Scottish Leaving Certificate Examination, 1959
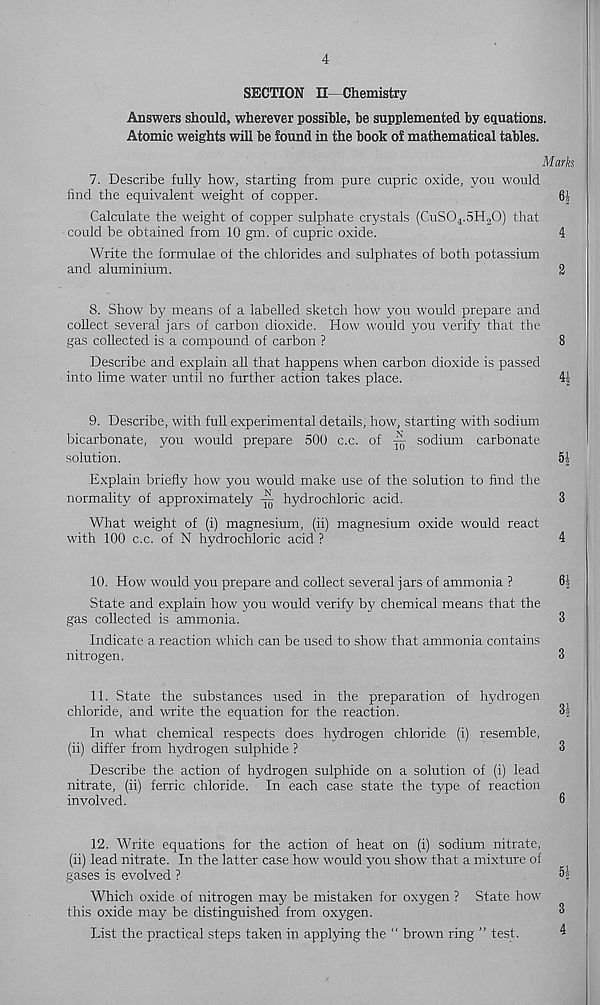
4
SECTION II—Chemistry
Answers should, wherever possible, be supplemented by equations.
Atomic weights will be found in the book of mathematical tables.
Mark
7. Describe fully how, starting from pure cupric oxide, you would
find the equivalent weight of copper.
6|
Calculate the weight of copper sulphate crystals (CuS0 4 .5H 2 0) that
could be obtained from 10 gm. of cupric oxide.
4
Write the formulae of the chlorides and sulphates of both potassium
and aluminium.
2
8. Show by means of a labelled sketch how you would prepare and
collect several jars of carbon dioxide. How would you verify that the
gas collected is a compound of carbon ?
8
Describe and explain all that happens when carbon dioxide is passed
into lime water until no further action takes place.
4|
9. Describe, with full experimental details, how, starting with sodium
bicarbonate, you would prepare 500 c.c. of ~ sodium carbonate
solution.
h\
Explain briefly how you would make use of the solution to find the
normality of approximately
hydrochloric acid.
3
What weight of (i) magnesium, (ii) magnesium oxide would react
with 100 c.c. of N hydrochloric acid ?
4
10. How would you prepare and collect several jars of ammonia ?
61
State and explain how you would verify by chemical means that the
gas collected is ammonia.
3
Indicate a reaction which can be used to show that ammonia contains
nitrogen.
3
11. State the substances used in the preparation of hydrogen
chloride, and write the equation for the reaction.
31
In what chemical respects does hydrogen chloride (i) resemble,
(ii) differ from hydrogen sulphide ?
3
Describe the action of hydrogen sulphide on a solution of (i) lead
nitrate, (ii) ferric chloride. In each case state the type of reaction
involved.
6
12. Write equations for the action of heat on (i) sodium nitrate,
(ii) lead nitrate. In the latter case how would you show that a mixture of
gases is evolved ?
51
Which oxide of nitrogen may be mistaken for oxygen ? State how
this oxide may be distinguished from oxygen.
®
List the practical steps taken in applying the “ brown ring ” test.
4